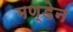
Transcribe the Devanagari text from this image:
मण्‍डेन